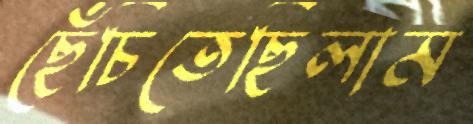
ছেঁচিতেছিলাম